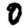
Digit: 0